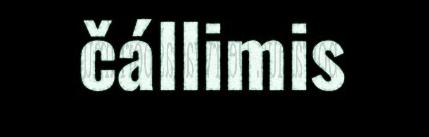
čállimis